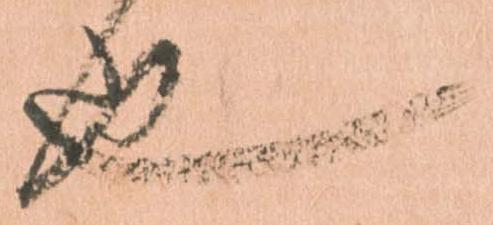
也